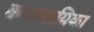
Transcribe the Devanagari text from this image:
कथानायिका